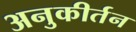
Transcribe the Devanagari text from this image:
अनुकीर्तन